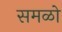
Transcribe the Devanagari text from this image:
समळो